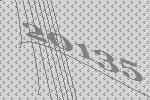
20135